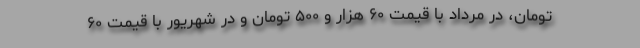
تومان، در مرداد با قیمت ۶۰ هزار و ۵۰۰ تومان و در شهریور با قیمت ۶۰